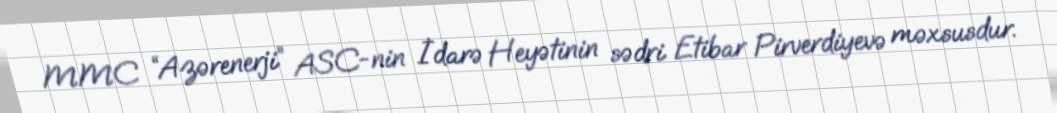
MMC “Azərenerji” ASC-nin İdarə Heyətinin sədri Etibar Pirverdiyevə məxsusdur.